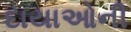
દાયાઓની